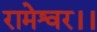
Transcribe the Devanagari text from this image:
रामेश्वर।।